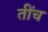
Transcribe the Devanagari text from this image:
तींच